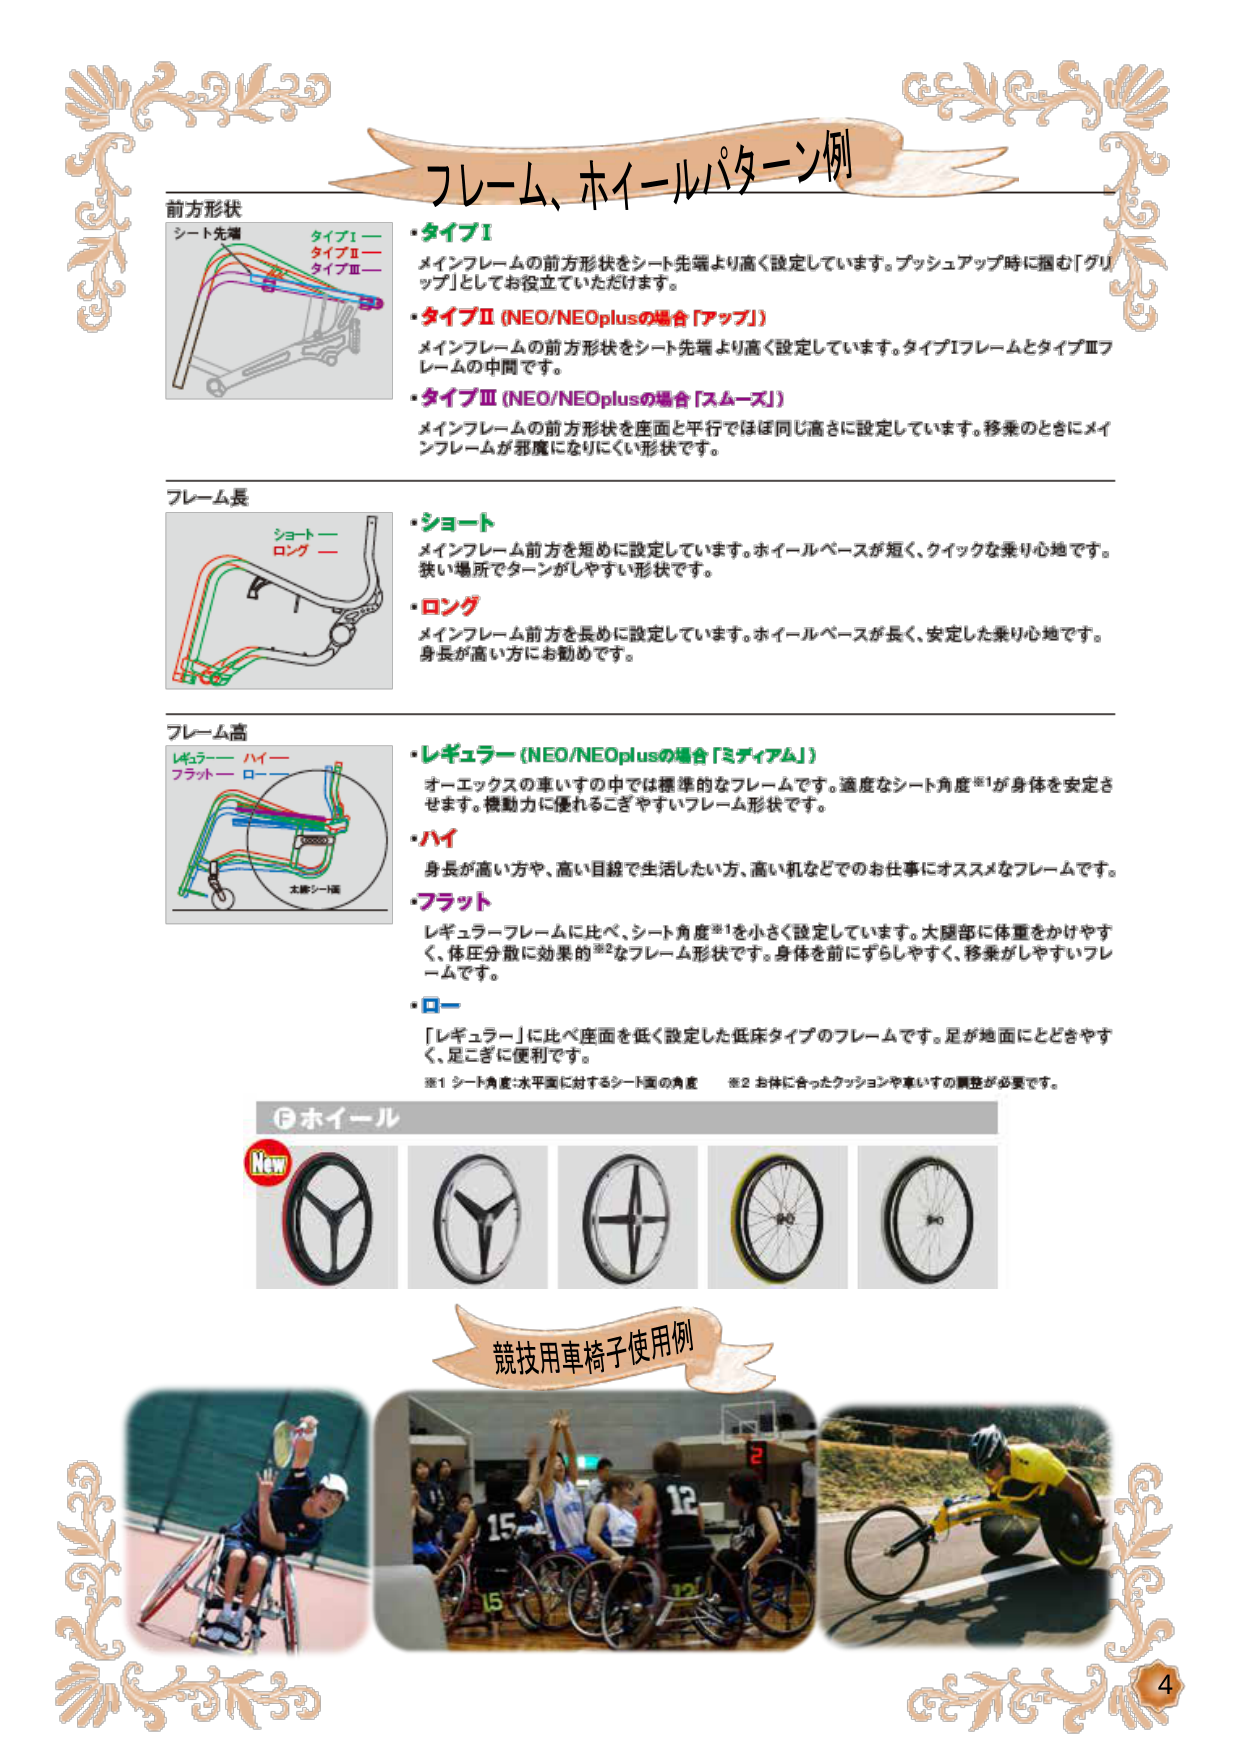
フレーム、ホイールパターン例

前方形状
シート先端
タイプⅠ —
タイプⅡ —
タイプⅢ —

・タイプⅠ
メインフレームの前方形状をシート先端より高く設定しています。プッシュアップ時に掴む「グリップ」としてお役立ていただけます。

・タイプⅡ（NEO/NEOplusの場合「アップ」）
メインフレームの前方形状をシート先端より高く設定しています。タイプⅠフレームとタイプⅢフレームの中間です。

・タイプⅢ（NEO/NEOplusの場合「スムーズ」）
メインフレームの前方形状を座面と平行でほぼ同じ高さに設定しています。移乗のときにメインフレームが邪魔になりにくい形状です。

フレーム長
ショート —
ロング —

・ショート
メインフレーム前方を短めに設定しています。ホイールベースが短く、クイックな乗り心地です。狭い場所でターンがしやすい形状です。

・ロング
メインフレーム前方を長めに設定しています。ホイールベースが長く、安定した乗り心地です。身長が高い方にお勧めです。

フレーム高
レギュラー ハイ —
フラット ロー —
太膝シート面

・レギュラー（NEO/NEOplusの場合「ミディアム」）
オーエックスの車いすの中では標準的なフレームです。適度なシート角度※1が身体を安定させます。機動力に優れるこぎやすいフレーム形状です。

・ハイ
身長が高い方や、高い目線で生活したい方、高い机などでのお仕事におススメなフレームです。

・フラット
レギュラーフレームに比べ、シート角度※1を小さく設定しています。大腿部に体重をかけやすく、体圧分散に効果的※2なフレーム形状です。身体を前にずらしやすく、移乗がしやすいフレームです。

・ロー
「レギュラー」に比べ座面を低く設定した低床タイプのフレームです。足が地面にとどきやすく、足こぎに便利です。

※1 シート角度：水平面に対するシート面の角度
※2 お体に合ったクッションや車いすの調整が必要です。

③ ホイール
New

競技用車椅子使用例

4